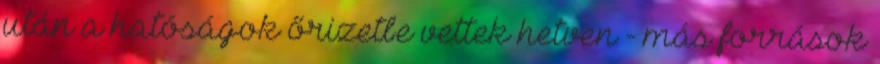
után a hatóságok őrizetbe vettek hetven - más források